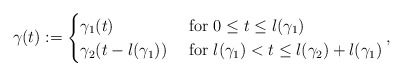
\begin{align*}\gamma(t):= \begin{cases}\gamma_{1}(t) \ &\mbox{for } 0\le t \le l(\gamma_1)\\\gamma_{2}(t-l(\gamma_{1})) \ &\mbox{for } l(\gamma_1)< t\le l(\gamma_2)+l(\gamma_1)\end{cases},\end{align*}